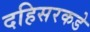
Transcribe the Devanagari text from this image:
दहिसरकडे